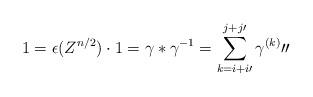
LaTeX: \begin{align*}1=\epsilon(Z^{n/2})\cdot 1=\gamma \ast\gamma^{-1}=\sum_{k=i+i\prime}^{j+j\prime}\gamma^{(k)}\prime\prime \end{align*}